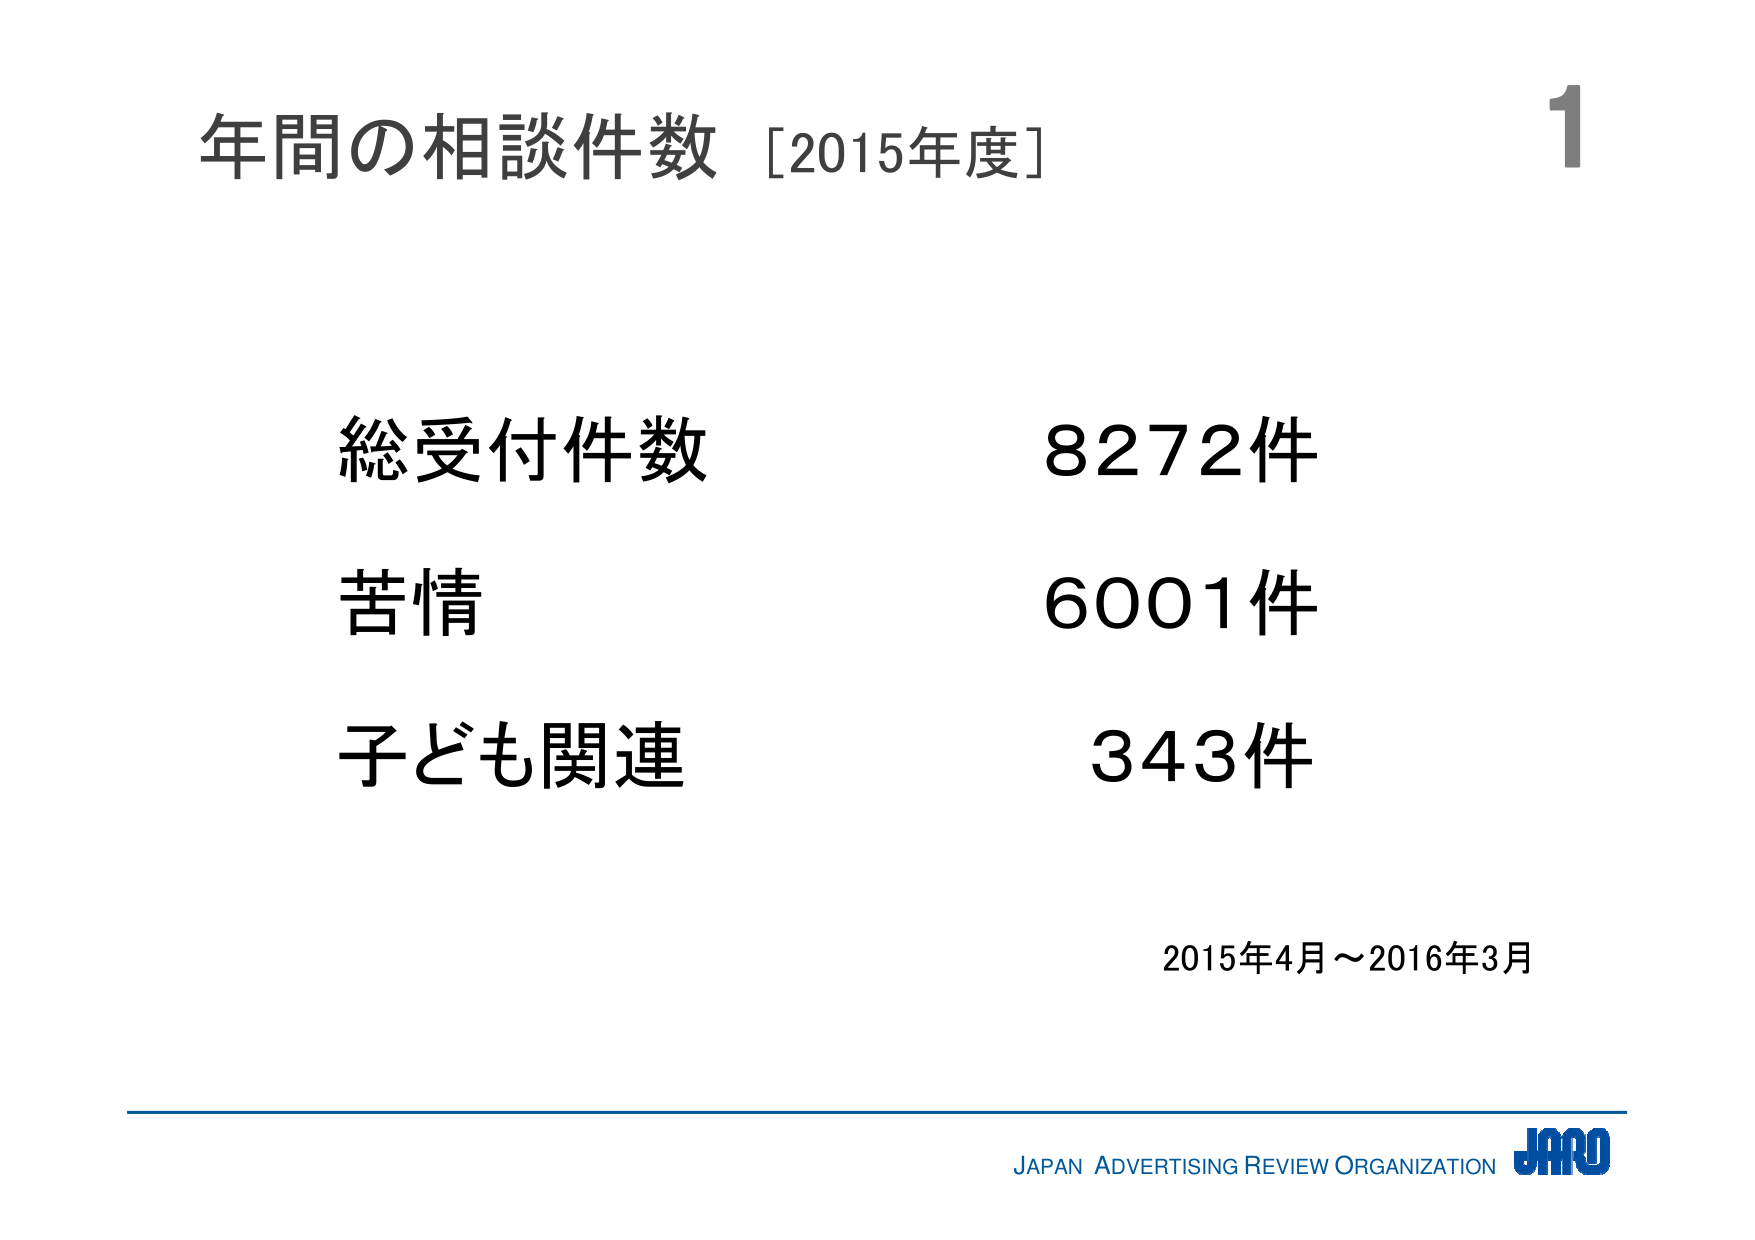
年間の相談件数 [2015年度]

総受付件数 8272件
苦情 6001件
子ども関連 343件

2015年4月～2016年3月

JAPAN ADVERTISING REVIEW ORGANIZATION JARO